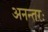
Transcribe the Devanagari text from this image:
अनन्तरः